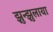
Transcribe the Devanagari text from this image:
झुन्झुलाया